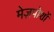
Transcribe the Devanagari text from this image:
मेज़पोशों